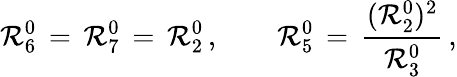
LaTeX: \mathcal{R}_{6}^{0}\, =\, \mathcal{R}_{7}^{0}\, =\, \mathcal{R}_{2}^{0}\, ,\qquad\mathcal{R}_{5}^{0}\, =\, \frac{{(\mathcal{R}_{2}^{0})^{2}}}{{\mathcal{R}_{3}^{0}}}\, ,